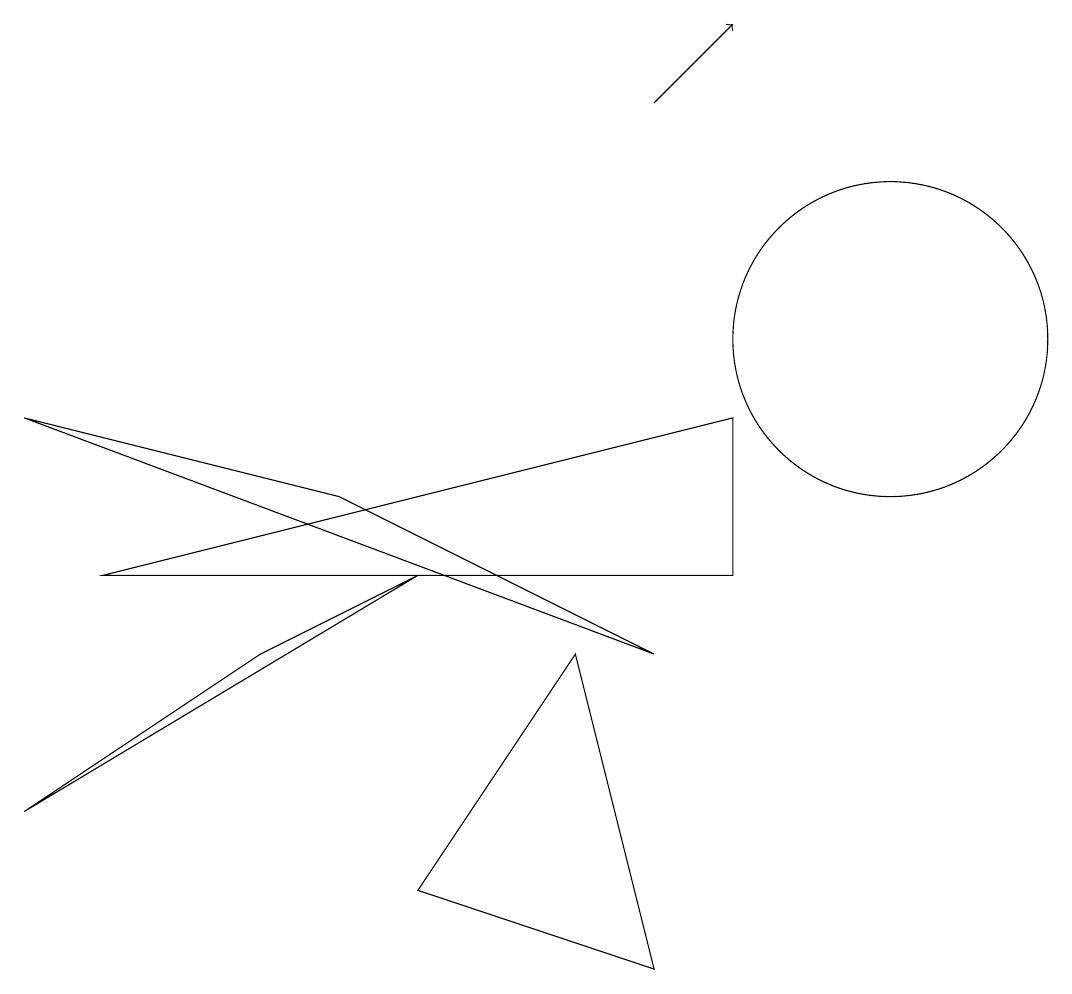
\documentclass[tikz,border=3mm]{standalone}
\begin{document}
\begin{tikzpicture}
\draw (9,9) -- (9,7) -- (1,7) -- cycle;
\draw (8,2) -- (5,3) -- (7,6) -- cycle;
\draw (5,7) -- (0,4) -- (3,6) -- cycle;
\draw (11,10) circle (2);
\draw (8,6) -- (4,8) -- (0,9) -- cycle;
\draw[->] (8,13) -- (9,14);
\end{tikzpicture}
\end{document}